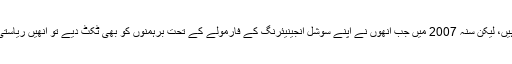
جب دلت ان کا ساتھ چھوڑتے ہیں تو وہ ہار جاتی ہیں، لیکن سنہ 2007 میں جب انھوں نے اپنے سوشل انجینیئرنگ کے فارمولے کے تحت برہمنوں کو بھی ٹکٹ دیے تو انھیں ریاستی اسمبلی میں اپنے ہی دم پر اکثریت حاصل ہوگئی۔